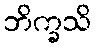
ဘိက္ခသိ